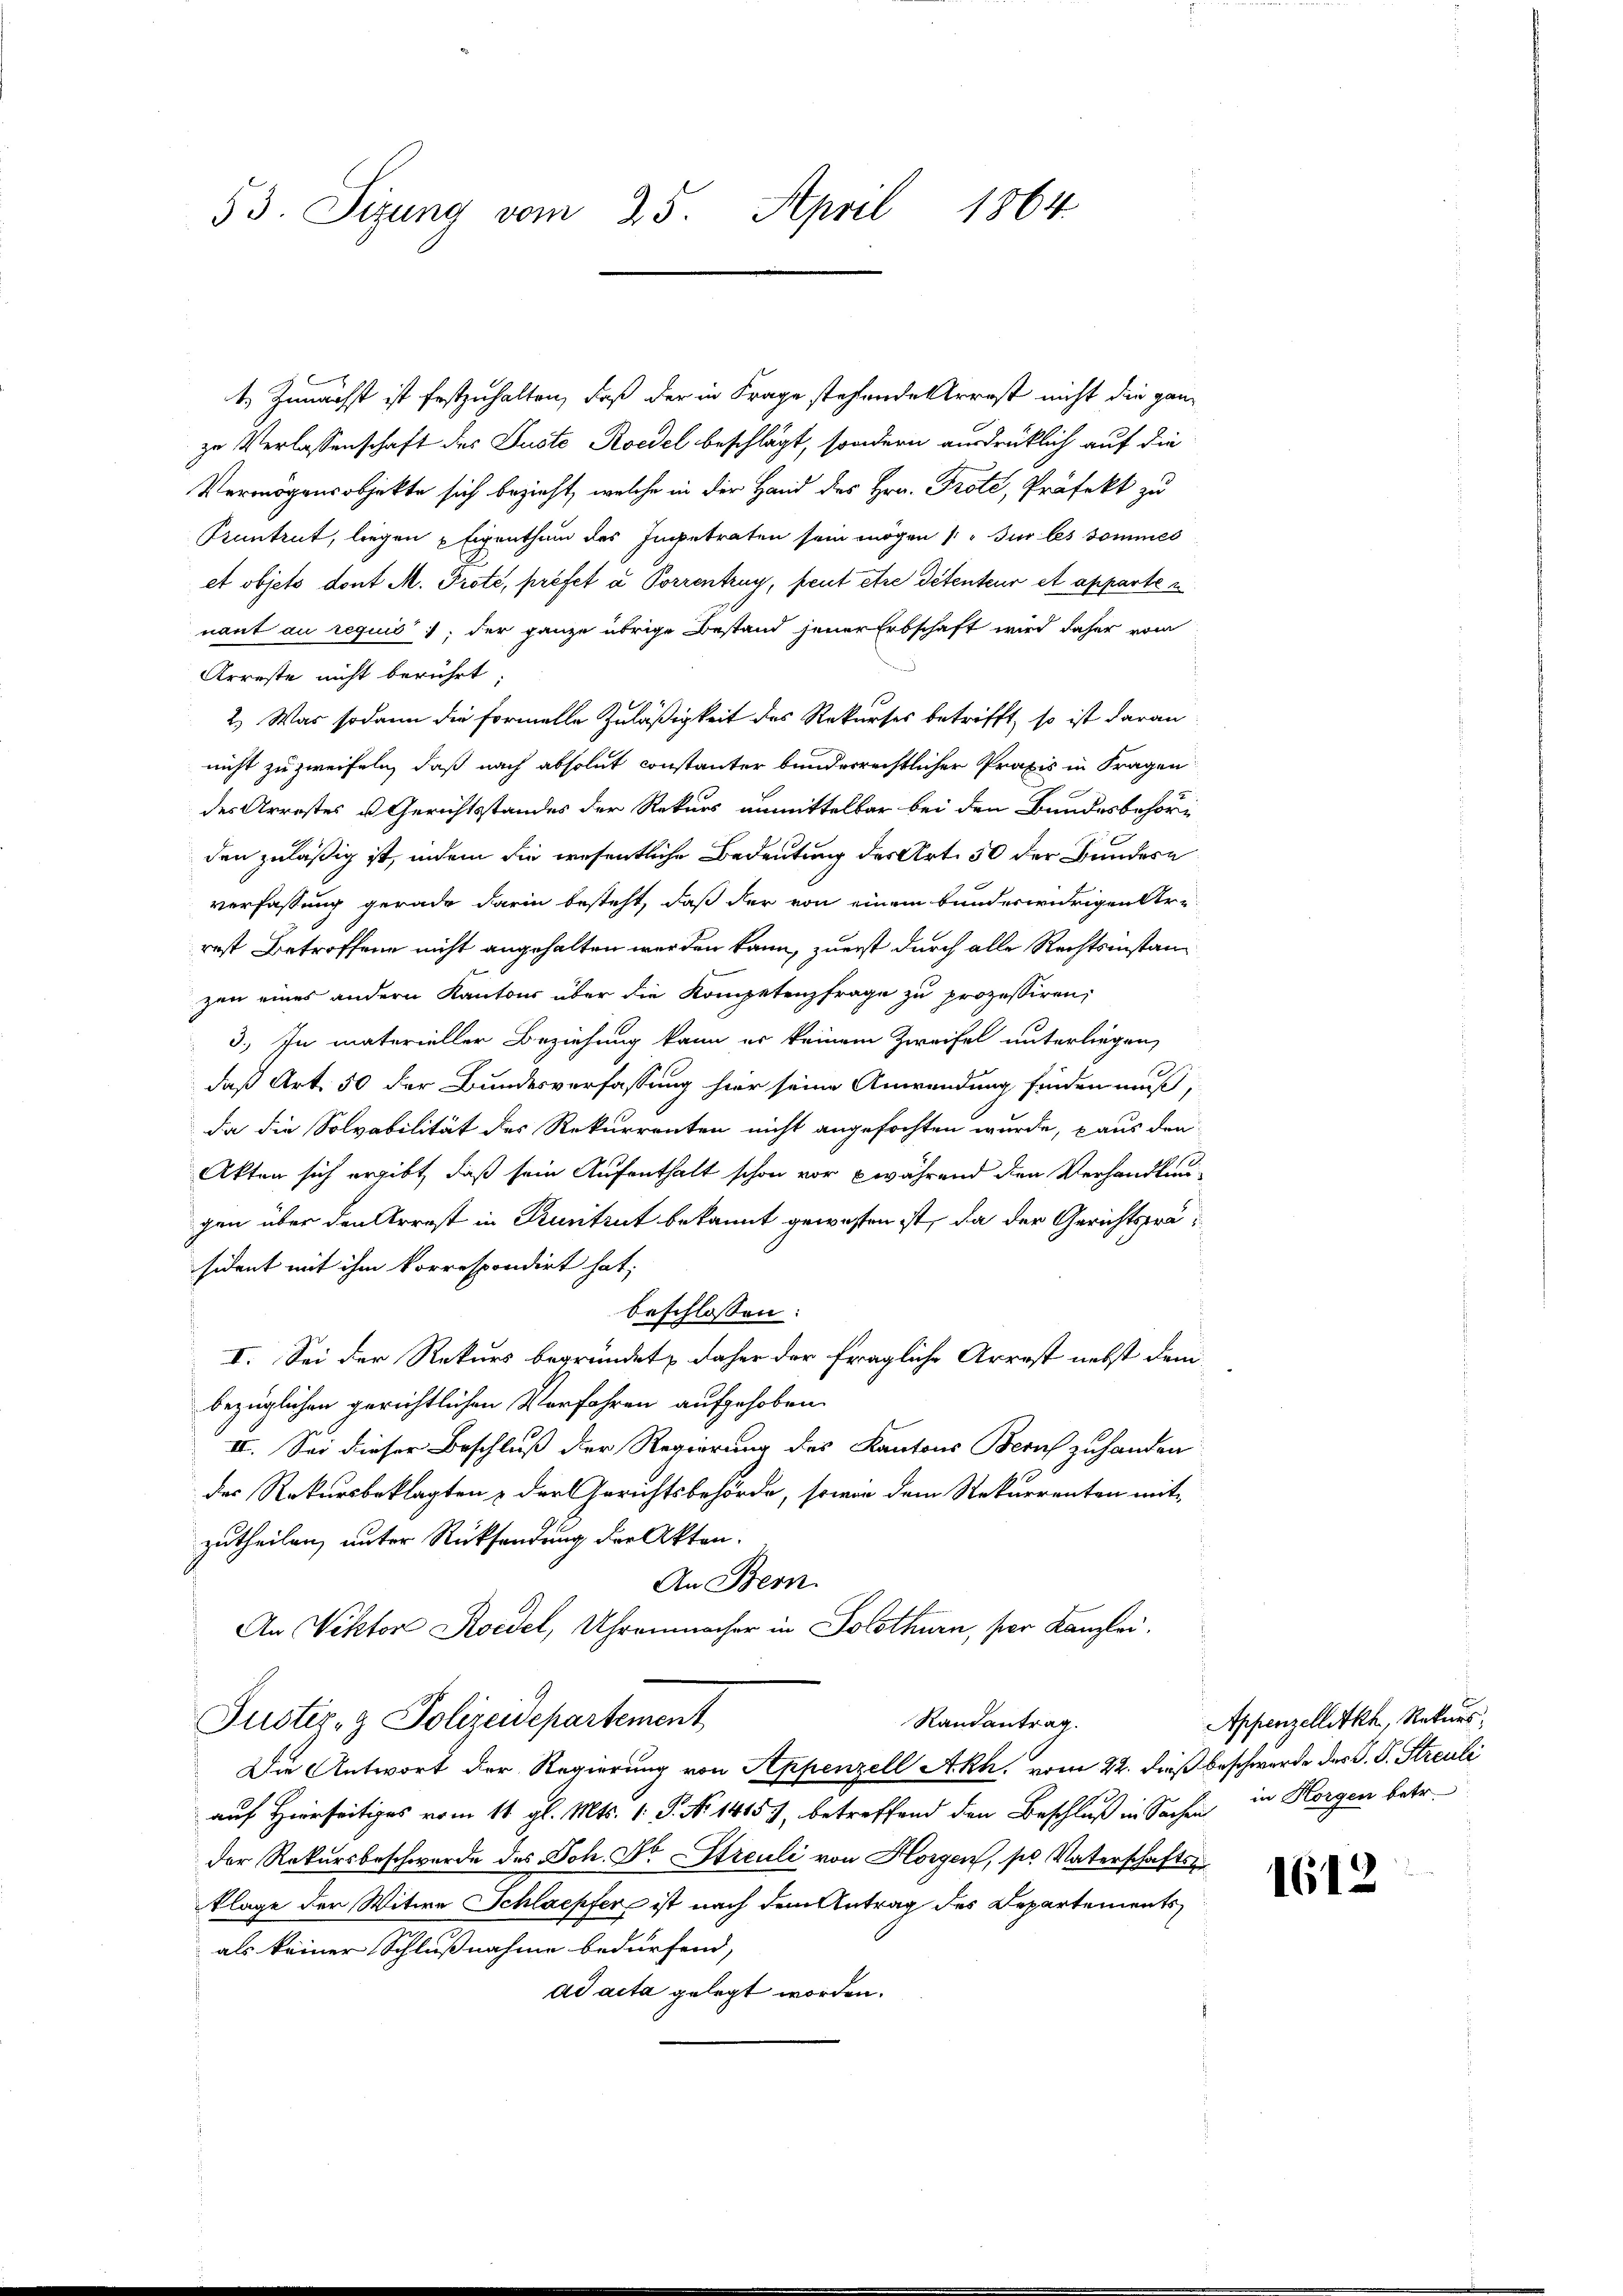
53. Sizung vom 25. April 1864

t. Zunächst ist festzuhalten, daß der in Frage stehende Arrest nicht die ganz
zu Verlassenschaft des Juste Roedel beschlägt, sondern ausdrüklich auf die
Vermögensobjekte sich bezieht, welche in der Hand des Hrn. Prote, Präfekt zu
Pruntrut, liegen Eigenthum des Impetraten sein mögen (Sur les sommes
et objets dont M. Prote, préfet à Porrentrag, peut être détenteur et apparten
nant au requis, der ganze übrige Bestand jener Erbschaft wird daher vom
Arreste nicht berührt:
2.) Was sodann die Formelle Zuläßigkeit des Rekurses betrifft, so ist daran
nicht zu zweifeln, daß nach absolut constanter bunderrechtlicher Praxis in Fragen
des Arrestes u Gerichtsstandes der Rekurs anmittelbar bei den Bundesbehöri
den zuläßig ist, indem die wesentliche Bedeutung des Art. 50 der Bundesa
verfassung gerade darin besteht, daß der von einem bunderwidrigen Are
rost Betroffene nicht angehalten werden kann, zuerst durch alle Rechtsinstanzen eines andern Kantons über die Kompetenzfrage zu prozessiren,
3.) In materieller Beziehung kann er keinem Zweifel unterliegen,
daß Art. 50 der Bundesverfassung hier seine Anwendung finden muß,
da die Solvabilität des Rekurrenten nicht angefochten wurde, aus den
Akten sich ergibt, daß sein Aufenthalt schon vor während den Verhandlun-
gen über den Arrest in Pruntrut bekannt gewesen ist, da der Gerichtspräsident mit ihm korrespondirt hat;
beschlossen:
I. Sei der Rekurs begründet daher der fragliche Arrest nebst dem
bezüglichen gerichtlichen Vorfahren aufgehoben.
II. Sei dieser Beschluß der Regierung des Kantons Zürich zuhanden
des Rekursbeklagten & der Gerichtsbehörde, sowie dem Rekurrenten mit-
zutheilen, unter Rücksendung der Akten.
An Bern.
An Viktor Roedel, Uhrenmacher in Solothurn, per Kanzlei.
Justiz- & Polizeidepartement
Randantrag.
Die Antwort der Regierung von Appenzell Akh. vom 22. Fuß beschwerde des V. P. Streuli
auf Hierseitiges vom 11. gl. Mts. 1. P. No 1415), betreffend den Beschluß in Sachen in Horgen betr.
der Rekursbeschwerde des Joh. Dr Streuli von Horgen, ses Vaterschafts
klage der Witwe Schlaepfer ist nach dem Antrag des Departements
als keiner Schlußnahme bedürfend,
ad acta gelegt worden.

Appenzellitkh, Rekurs;

1612